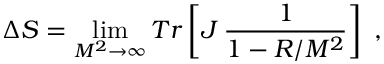
\Delta S = \operatorname * { l i m } _ { M ^ { 2 } \rightarrow \infty } T r \left[ J \, \frac { 1 } { 1 - { \cal R } / M ^ { 2 } } \right] \ ,